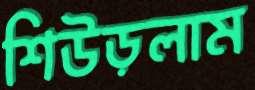
শিউড়লাম